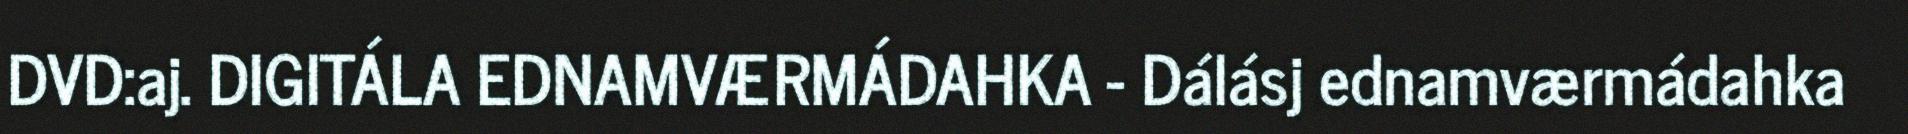
DVD:aj. DIGITÁLA EDNAMVÆRMÁDAHKA - Dálásj ednamværmádahka